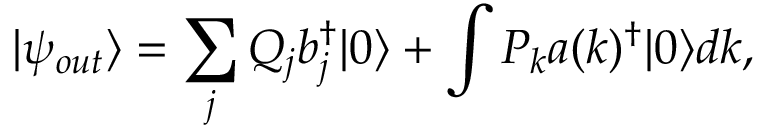
| { \psi _ { o u t } } \rangle = \sum _ { { j } } ^ { } { { Q _ { { j } } } b _ { { j } } ^ { \dag } | 0 \rangle } + \int { { P _ { { k } } } a ( k ) ^ { \dag } | 0 \rangle d k } ,